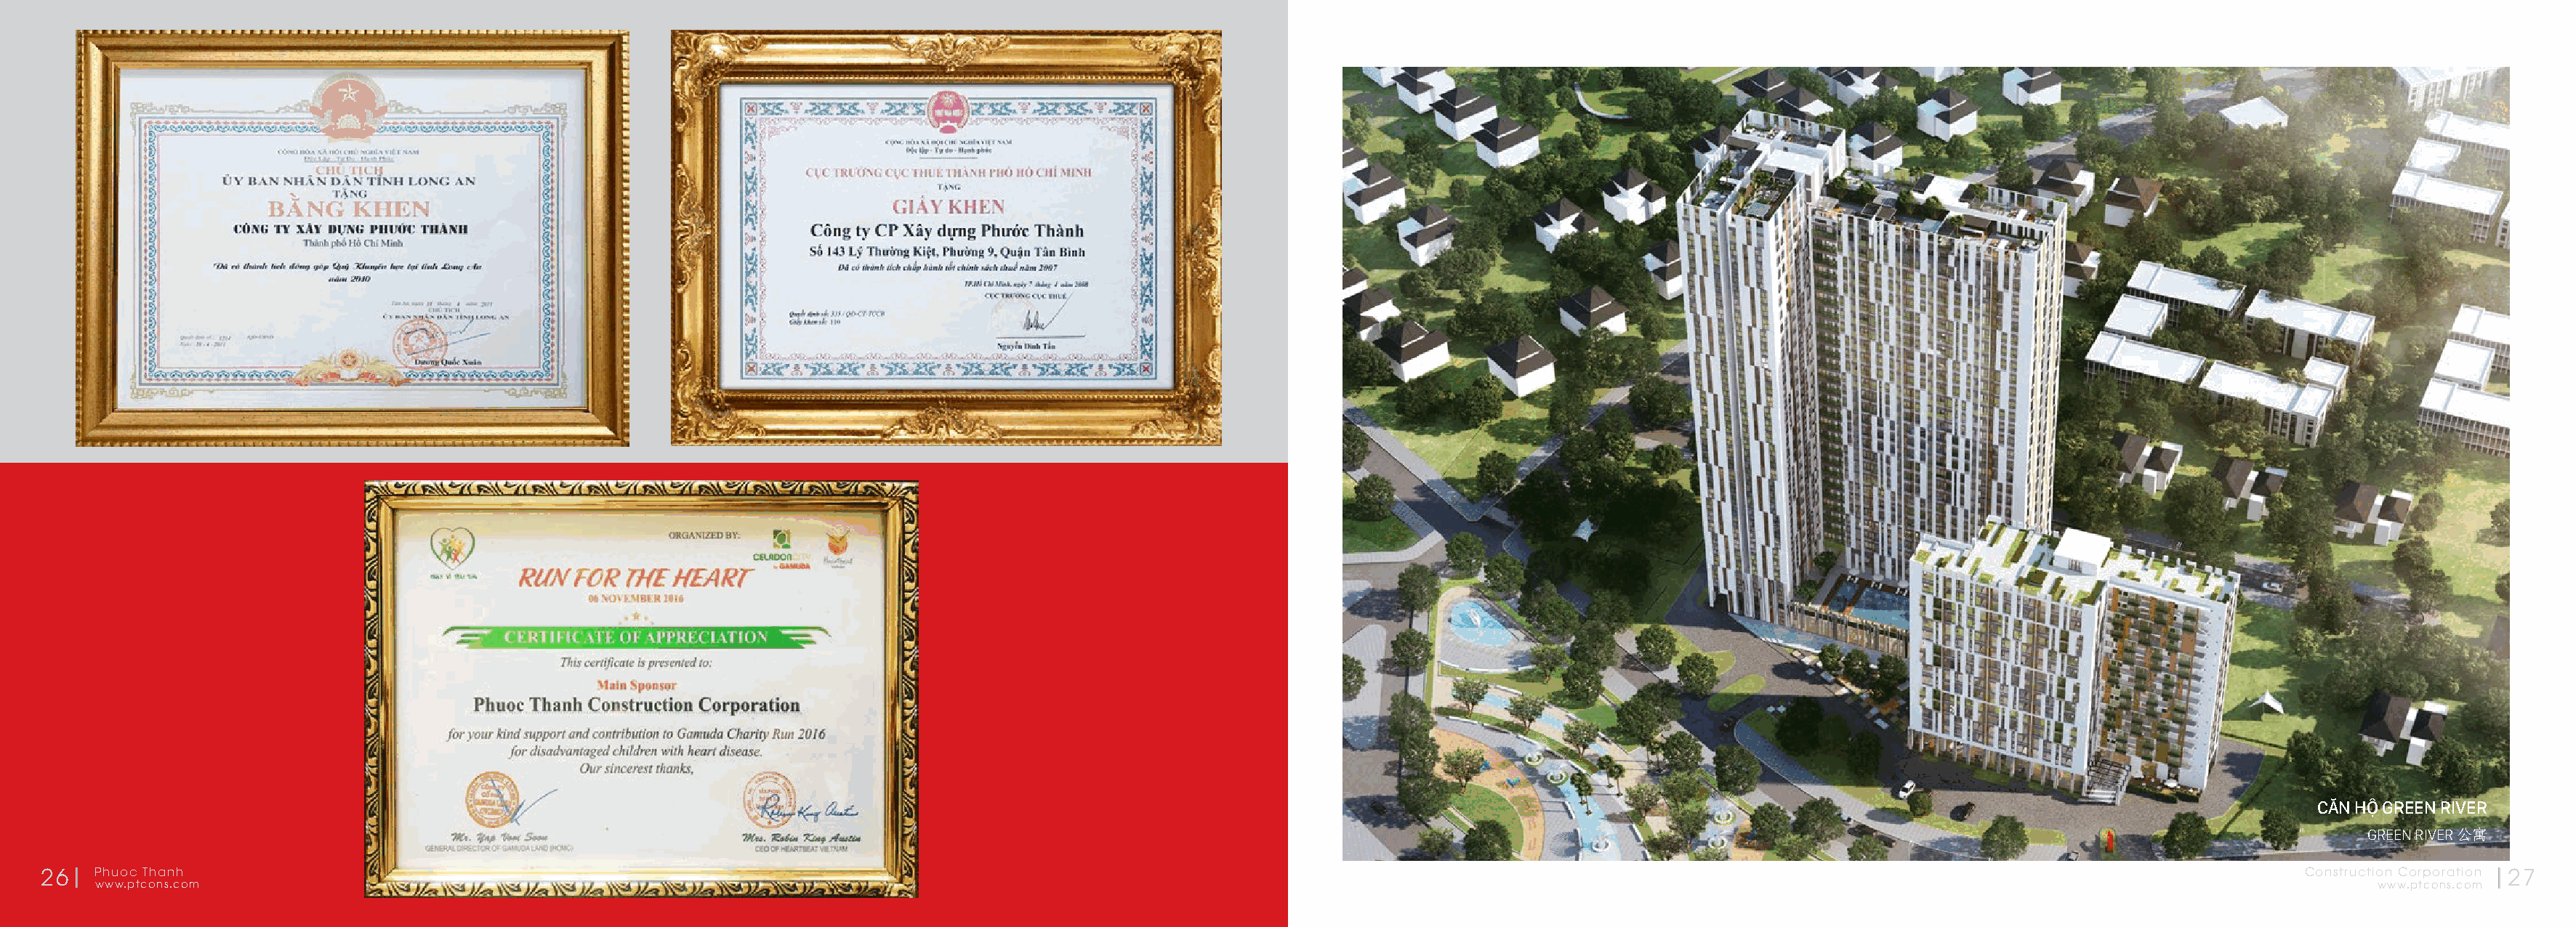
CĂN HỘ GREEN RIVER
 GREEN RIVER 公寓
 26   Phuoc Thanh                                                                                                                                                                                              Construction Corporation 27
 www.ptcons.com                                                                                                                                                                                                  www.ptcons.com